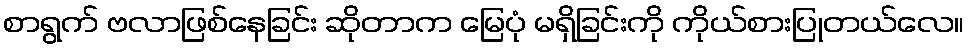
စာရွက် ဗလာဖြစ်နေခြင်း ဆိုတာက မြေပုံ မရှိခြင်းကို ကိုယ်စားပြုတယ်လေ။